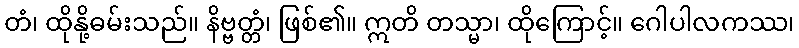
တံ၊ ထိုနို့ဓမ်းသည်။ နိဗ္ဗတ္တံ၊ ဖြစ်၏။ ဣတိ တသ္မာ၊ ထိုကြောင့်။ ဂေါပါလကဿ၊